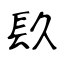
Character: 镹